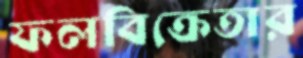
ফলবিক্রেতার